Cholera in India, 1862 to 1881
Year: 1862
Disease focus: Cholera
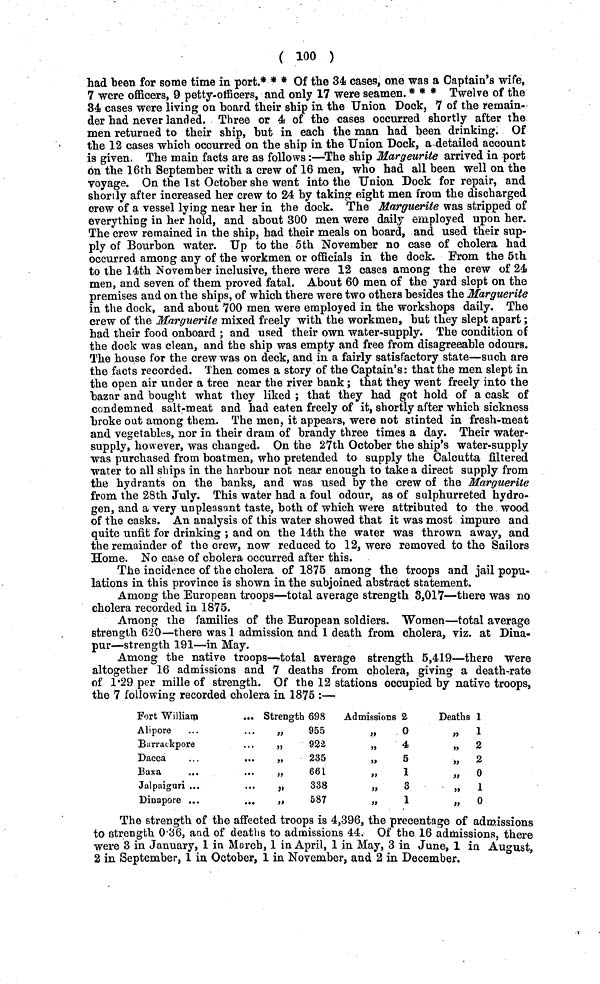
( 100 )
had been for some time in port.* * * Of the 34 cases, one was a Captain's wife,
7 were officers, 9 petty-officers, and only 17 were seamen. * * * Twelve of the
34 cases were living on board their ship in the Union Dock, 7 of the remain-
der had never landed. Three or 4 of the cases occurred shortly after the
men returned to their ship, but in each the man had been drinking. Of
the 12 cases which occurred on the ship in the Union Dock, a detailed account
is given. The main facts are as follows:—The ship Margeurite arrived in port
on the 16th September with a crew of 16 men, who had all been well on the
voyage. On the 1st October she went into the Union Dock for repair, and
shortly after increased her crew to 24 by taking eight men from the discharged
crew of a vessel lying near her in the dock. The Marguerite was stripped of
everything in her hold, and about 300 men were daily employed upon her.
The crew remained in the ship, had their meals on board, and used their sup-
ply of Bourbon water. Up to the 5th November no case of cholera had
occurred among any of the workmen or officials in the dock. From the 5th
to the 14th November inclusive, there were 12 cases among the crew of 24
men, and seven of them proved fatal. About 60 men of the yard slept on the
premises and on the ships, of which there were two others besides the Marguerite
in the dock, and about 700 men were employed in the workshops daily. The
crew of the Marguerite mixed freely with the workmen, but they slept apart;
had their food onboard ; and used their own water-supply. The condition of
the dock was clean, and the ship was empty and free from disagreeable odours.
The house for the crew was on deck, and in a fairly satisfactory state—such are
the facts recorded. Then comes a story of the Captain's: that the men slept in
the open air under a tree near the river bank; that they went freely into the
bazar and bought what they liked ; that they had got hold of a cask of
condemned salt-meat and had eaten freely of it, shortly after which sickness
"broke out among them. The men, it appears, were not stinted in fresh-meat
and vegetables, nor in their dram of brandy three times a day. Their water-
supply, however, was changed. On the 27th October the ship's water-supply
was purchased from boatmen, who pretended to supply the Calcutta filtered
water to all ships in the harbour not near enough to take a direct supply from
the hydrants on the banks, and was used by the crew of the Marguerite
from the 28th July. This water had a foul odour, as of sulphurreted hydro-
gen, and a very unpleasant taste, both of which were attributed to the wood
of the casks. An analysis of this water showed that it was most impure and
quite unfit for drinking ; and on the 14th the water was thrown away, and
the remainder of the crew, now reduced to 12, were removed to the Sailors
Home. No case of cholera occurred after this.
The incidence of the cholera of 1875 among the troops and jail popu-
lations in this province is shown in the subjoined abstract statement.
Among the European troops—total average strength 3,017—there was no
cholera recorded in 1875.
Among the families of the European soldiers. Women—total average
strength 620—there was 1 admission and 1 death from cholera, viz. at Dina-
pur—strength 191—in May.
Among the native troops—total average strength 5,419—there were
altogether 16 admissions and 7 deaths from cholera, giving a death-rate
of 1.29 per mille of strength. Of the 12 stations occupied by native troops,
the 7 following recorded cholera in 1875 :—
Fort William
Alipore
Barrackpore
Dacca
...
...
Baxa
...
Jalpaiguri ...
Dinapore ...
..,
Strength 698
„
955
„
922
„
235
,,661
"
338
587
Admissions 2
,,0
,,4
,,5
,,1
,,3
,,1
Deaths 1
,, 1
,, 2
,, 2
,, 0
,, 1
, 0
The strength of the affected troops is 4,396, the precentage of admissions
to strength 0.36, and of deaths to admissions 44. Of the 16 admissions, there
were 3 in January, 1 in March, 1 in April, 1 in May, 3 in June, 1 in August,
2 in September, 1 in October, 1 in November, and 2 in December.